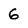
Character: 6